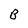
Character: B